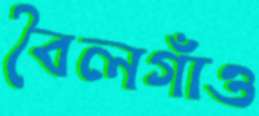
বৈলগাঁও